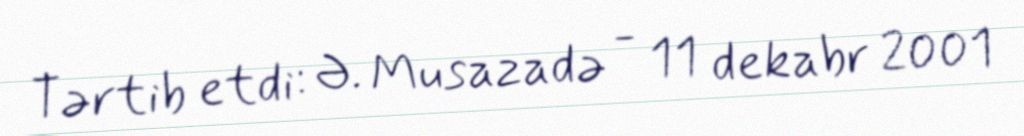
Tərtib etdi: Ə. Musazadə - 11 dekabr 2001